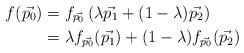
LaTeX: \begin{align*}f(\vec{p_0}) &= f_{\vec{p_0}}\left(\lambda \vec{p_1} + (1 - \lambda)\vec{p_2}\right) \\ &= \lambda f_{\vec{p_0}}(\vec{p_1}) + (1 - \lambda)f_{\vec{p_0}}(\vec{p_2})\end{align*}